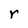
Character: r